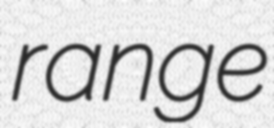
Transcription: range